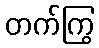
တက်ကြွ